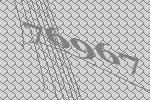
76967